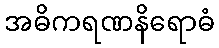
အဓိကရဏနိရောဓံ